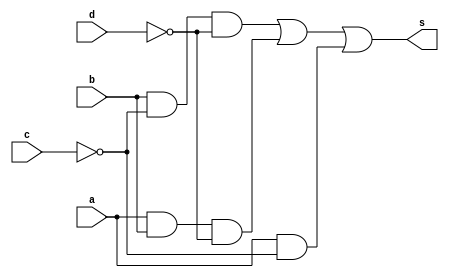
// ------------------------
// ExercicioJ
// Aluna: rsula Rosa Monteiro de Castro
// Matrcula: 427468
// ------------------------
module calculaS2(output s, input a, input b, input c, input d);
wire [1:0] sNot;
wire [4:0] sAnd;
wire sOr;

not NOT1 (sNot[0], c);
not NOT2 (sNot[1], d);

and AND1 (sAnd[0], b, sNot[0]);
and AND2 (sAnd[1], sAnd[0], sNot[1]);

and AND3 (sAnd[2], a, b);
and AND4 (sAnd[3], sAnd[2], sNot[1]);

and AND5 (sAnd[4], a, sNot[0]);

or OR1(sOr, sAnd[1], sAnd[3]);
or OR2(s, sOr, sAnd[4]);
endmodule //calculaS2

module testS2;
reg a;
reg b;
reg c;
reg d;
wire s;
calculaS2 testeS2 (s, a, b, c, d);
initial begin
 $display ("Exerccio J");
 $display ("rsula Rosa - 427468");
 $display ("AB CD  S");
 a=0; b=0; c=0; d=0;
 $monitor ("%b%b %b%b  %b",a,b,c,d,s);
 #1 a=0; b=0; c=0; d=1;  
 #1 a=0; b=0; c=1; d=0;
 #1 a=0; b=1; c=0; d=0;
 #1 a=1; b=0; c=0; d=0;
end
endmodule //testS2